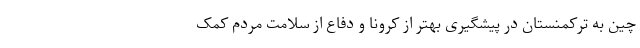
چین به ترکمنستان در پیشگیری بهتر از کرونا و دفاع از سلامت مردم کمک